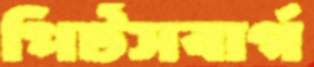
পির্টসবার্গ